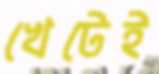
খেটেই